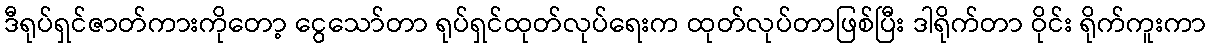
ဒီရုပ်ရှင်ဇာတ်ကားကိုတော့ ငွေသော်တာ ရုပ်ရှင်ထုတ်လုပ်ရေးက ထုတ်လုပ်တာဖြစ်ပြီး ဒါရိုက်တာ ဝိုင်း ရိုက်ကူးကာ